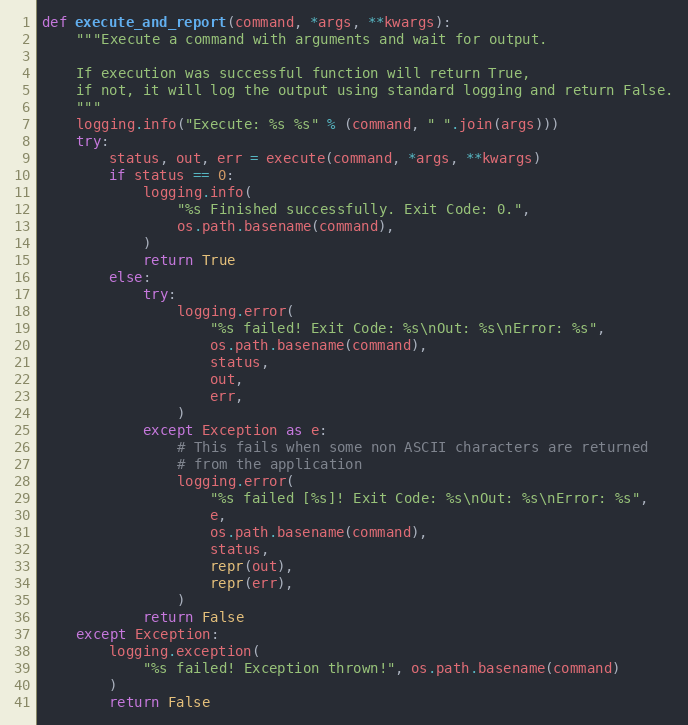
Language: Python
def execute_and_report(command, *args, **kwargs):
    """Execute a command with arguments and wait for output.

    If execution was successful function will return True,
    if not, it will log the output using standard logging and return False.
    """
    logging.info("Execute: %s %s" % (command, " ".join(args)))
    try:
        status, out, err = execute(command, *args, **kwargs)
        if status == 0:
            logging.info(
                "%s Finished successfully. Exit Code: 0.",
                os.path.basename(command),
            )
            return True
        else:
            try:
                logging.error(
                    "%s failed! Exit Code: %s\nOut: %s\nError: %s",
                    os.path.basename(command),
                    status,
                    out,
                    err,
                )
            except Exception as e:
                # This fails when some non ASCII characters are returned
                # from the application
                logging.error(
                    "%s failed [%s]! Exit Code: %s\nOut: %s\nError: %s",
                    e,
                    os.path.basename(command),
                    status,
                    repr(out),
                    repr(err),
                )
            return False
    except Exception:
        logging.exception(
            "%s failed! Exception thrown!", os.path.basename(command)
        )
        return False